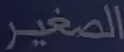
الصغير